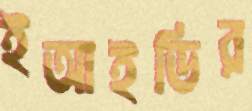
ইআইডির